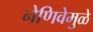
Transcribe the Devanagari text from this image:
नेणिवेमुळे